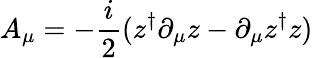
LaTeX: A_{\mu}=-{\frac{i}{2}}(z^{\dagger}\partial_{\mu}z-\partial_{\mu}z^{\dagger}z)